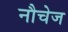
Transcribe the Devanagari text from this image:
नौचेज